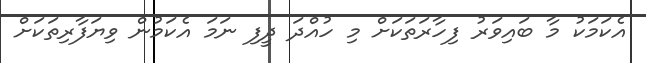
އެކަމަކު މާ ބައިވަރު ފިހާރަތަކަށް މި ހުއްދަ ދީފި ނަމަ އެކަމުން ވިޔަފާރިތަކަށް